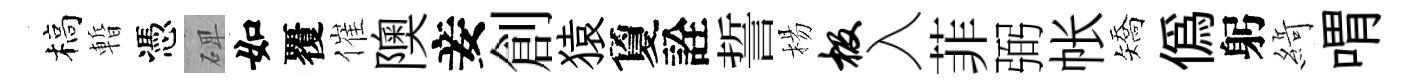
槁暫憑𥓓如覆催隩妾創猿夐詮誓楊极入菲弼帐矯偽躬𦂶喟